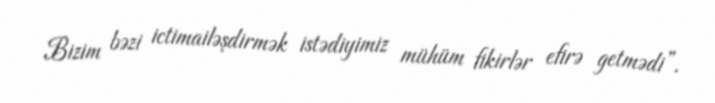
Bizim bəzi ictimailəşdirmək istədiyimiz mühüm fikirlər efirə getmədi”.